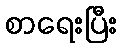
စာရေးပြီး